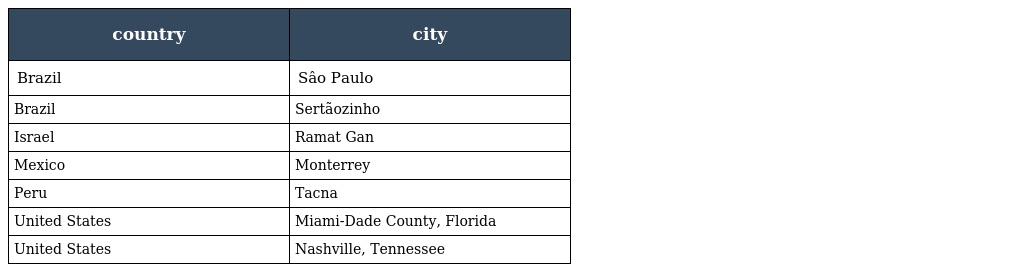
| country | city |
 | --- | --- |
 | Brazil | Sâo Paulo |
 | Brazil | Sertãozinho |
 | Israel | Ramat Gan |
 | Mexico | Monterrey |
 | Peru | Tacna |
 | United States | Miami-Dade County, Florida |
 | United States | Nashville, Tennessee |